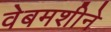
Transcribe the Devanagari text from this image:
वेबमशीने